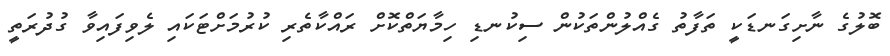
ބޮލުގެ ނާށިގަނޑަކީ ތަފާތު ގެއްލުންތަކުން ސިކުނޑި ހިމާޔަތްކޮށް ރައްކާތެރި ކުރުމަށްޓަކައި ލެވިފައިވާ ގުދުރަތީ